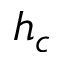
h _ { c }